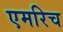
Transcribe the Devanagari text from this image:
एमरिच